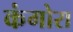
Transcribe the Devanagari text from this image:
कंगोरा